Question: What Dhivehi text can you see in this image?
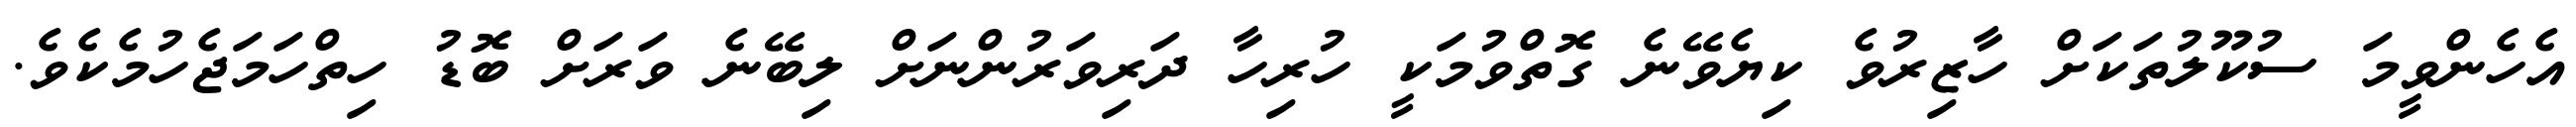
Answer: އެހެންވީމަ ސުކޫލުތަކަށް ހާޒިރުވެ ކިޔެވޭނެ ގޮތްވުމަކީ ހުރިހާ ދަރިވަރުންނަށް ލިބޭނެ ވަރަށް ބޮޑު ހިތްހަމަޖެހުމެކެވެ.